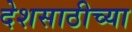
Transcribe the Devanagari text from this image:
देशसाठीच्या